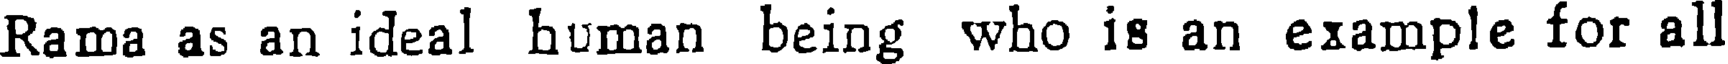
Rama as an ideal human being who is an example for all